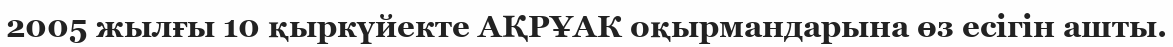
2005 жылғы 10 қыркүйекте АҚРҰАК оқырмандарына өз есігін ашты.